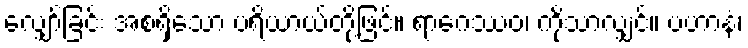
လျှော်ခြင်း အစရှိသော ပရိယာယ်တို့ဖြင့်။ ရာဂေဿဝ၊ ကိုသာလျှင်။ ပဟာနံ၊